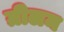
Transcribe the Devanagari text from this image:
ग्रीलम